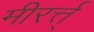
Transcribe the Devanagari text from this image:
मीरर्त्त्